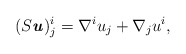
\begin{align*} (S\textbf{\textit{u}})^i_j = \nabla^i u_j + \nabla_j u^i, \end{align*}